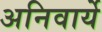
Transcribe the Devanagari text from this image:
अनिवार्ये